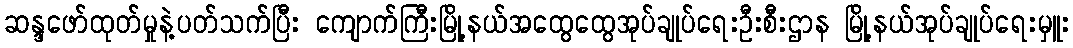
ဆန္ဒဖော်ထုတ်မှုနဲ့ပတ်သက်ပြီး ကျောက်ကြီးမြို့နယ်အထွေထွေအုပ်ချုပ်ရေးဦးစီးဌာန မြို့နယ်အုပ်ချုပ်ရေးမှူး